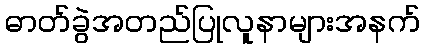
ဓာတ်ခွဲအတည်ပြုလူနာများအနက်